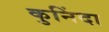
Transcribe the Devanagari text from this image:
कुनिंदा